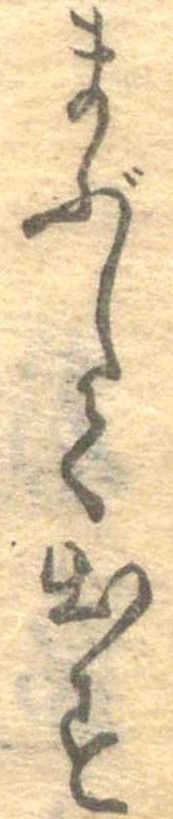
まぶして出す